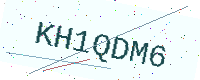
Text: KH1QDM6